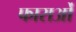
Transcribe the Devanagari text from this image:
फाराओं